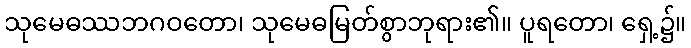
သုမေဓဿဘဂဝတော၊ သုမေဓမြတ်စွာဘုရား၏။ ပူရတော၊ ရှေ့၌။